Vaccination in Burma 1920-1933 - 1920-1933
Year: 1920
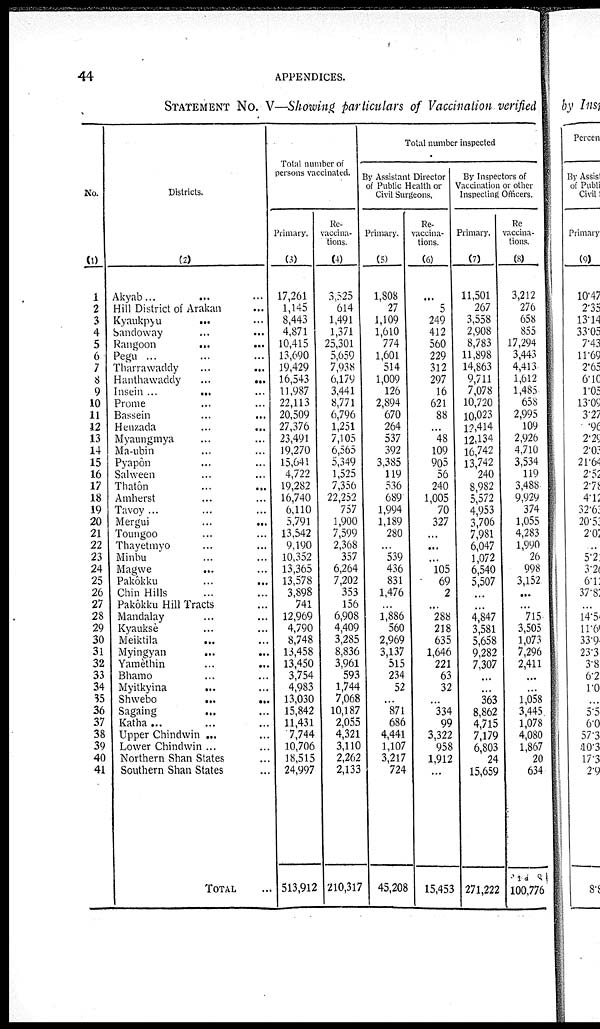
44
APPENDICES.
STATEMENT No. V—Showing particulars of Vaccination verified
No.
(1)
1
2
3
4
5
6
7
8
9
10
11
12
13
14
15
16
17
18
19
20
21
22
23
24
25
26
27
28
29
30
31
32
33
34
35
36
37
38
39
40
41
Districts.
(2)
Akyab... ... ...
Hill District of Arakan ...
Kyaukpyu
...
...
Sandoway ... ...
Rangoon
...
...
Pegu ... ...
Tharrawaddy
...
...
Hanthawaddy ... ...
Insein
...
...
Prome ... ...
Bassein
...
...
Henzada ... ...
Myaungmya ... ...
Ma-ubin ... ...
Pyapôn ... ...
Salween ... ...
Thatôn ... ...
Amherst ... ...
Tavoy ... ...
Mergui
...
...
Toungoo ... ...
Thayetmyo ... ...
Minbu ... ...
Magwe
...
...
Pakôkku
...
...
Chin Hills ... ...
Pakôkku Hill Tracts ...
Mandalay ... ...
Kyauksè ... ...
Meiktila
...
...
Myingyan ... ...
Yamèthin
...
...
Bhamo ... ...
Myitkyina ... ...
Shwebo
...
...
Sagaing ... ...
Katha ... ...
Upper Chindwin ...
Lower Chindwin ...
Northern Shan States ...
Southern Shan States ...
TOTAL ...
Total number of
persons vaccinated.
Primary.
(3)
17,261
1,145
8,443
4,871
10,415
13,690
19,429
16,543
11,987
22,113
20,509
27,376
23,491
19,270
15,641
4,722
19,282
16,740
6,110
5,791
13,542
9,190
10,352
13,365
13,578
3,898
741
12,969
4,790
8,748
13,458
13,450
3,754
4,983
13,030
15,842
11,431
7,744
10,706
18,515
24,997
513,912
Re-
vaccina-
tions.
(4)
3,525
614
1,491
1,371
25,301
5,659
7,938
6,179
3,441
8,771
6,796
1,251
7,105
6,565
5,349
1,525
7,356
22,252
757
1,900
7,599
2,368
357
6,264
7,202
353
156
6,908
4,409
3,285
8,836
3,961
593
1,744
7,068
10,187
2,055
4,321
3,110
2,262
2,133
210,317
Total number inspected
By Assistant Director
of Public Health or
Civil Surgeons.
Primary.
(5)
1,808
27
1,109
1,610
774
1,601
514
1,009
126
2,894
670
264
537
392
3,385
119
536
689
1,994
1,189
280
...
539
436
831
1,476
...
1,886
560
2,969
3,137
515
234
52
...
871
686
4,441
1,107
3,217
724
45,208
Re-
vaccina-
tions.
(6)
...
5
249
412
560
229
312
297
16
621
88
...
48
109
905
56
240
1,005
70
327
...
...
...
105
69
2
...
288
218
635
1,646
221
63
32
...
334
99
3,322
958
1,912
...
15,453
By Inspectors of
Vaccination or other
Inspecting Officers.
Primary.
(7)
11,501
267
3,558
2,908
8,783
11,898
14,863
9,711
7,078
10,720
10,023
12,414
12,134
16,742
13,742
240
8,982
5,572
4,953
3,706
7,981
6,047
1,072
6,540
5,507
...
...
4,847
3,581
5,658
9,282
7,307
...
...
363
8,862
4,715
7,179
6,803
24
15,659
271,222
Re-
vaccina-
tions.
(8)
3,212
276
658
855
17,294
3,443
4,413
1,612
1,485
658
2,995
109
2,926
4,710
3,534
119
3,488
9,929
374
1,055
4,283
1,990
26
998
3,152
...
...
715
3,505
1,073
7,296
2,411
...
...
1,058
3,445
1,078
4,080
1,867
20
634
100,776